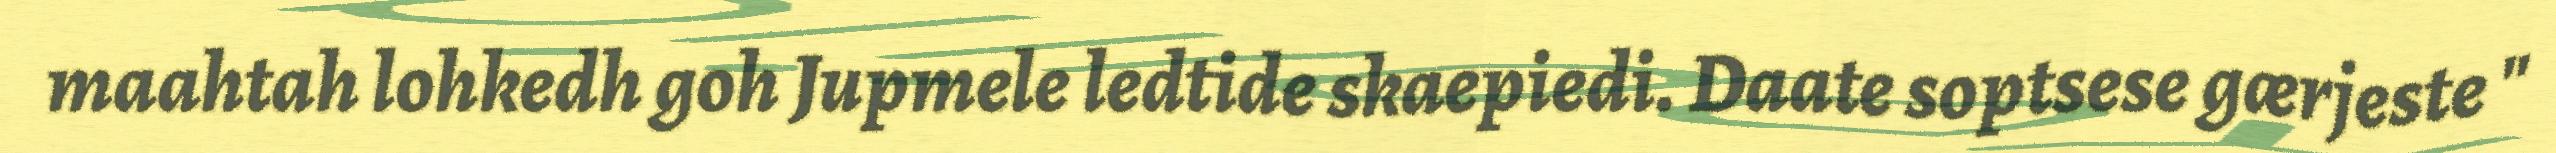
maahtah lohkedh goh Jupmele ledtide skaepiedi. Daate soptsese gærjeste "